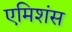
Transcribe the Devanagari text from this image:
एमिशंस